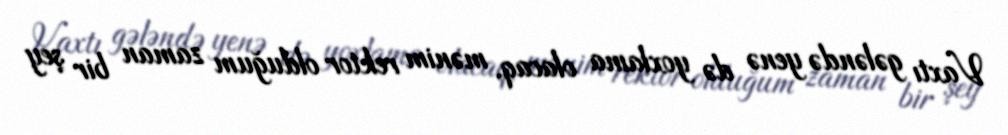
Vaxtı gələndə yenə də yoxlama olacaq, mənim rektor olduğum zaman bir şey